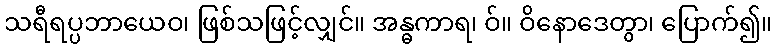
သရီရပ္ပဘာယေဝ၊ ဖြစ်သဖြင့်လျှင်။ အန္ဓကာရ၊ ဝ်။ ဝိနောဒေတွာ၊ ပြောက်၍။